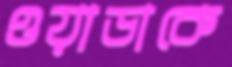
ওয়াডাকে